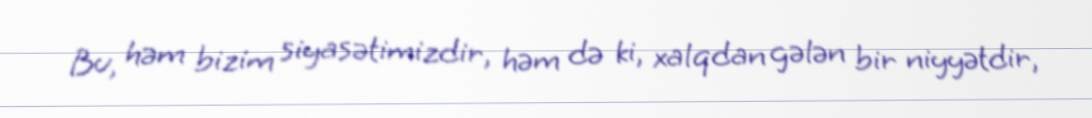
Bu, həm bizim siyasətimizdir, həm də ki, xalqdan gələn bir niyyətdir,